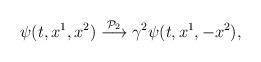
LaTeX: \begin{align*}\psi(t, x^1, x^2)\stackrel{{\cal P}_2}{\longrightarrow}\gamma^2\psi(t,x^1, -x^2),\end{align*}